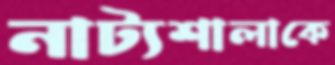
নাট্যশালাকে